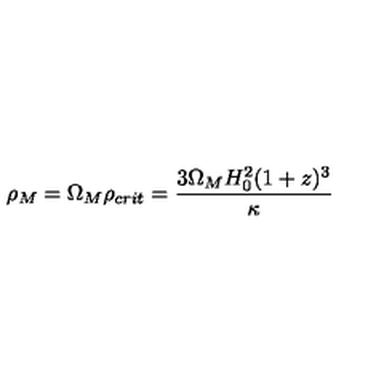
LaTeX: \rho _ { M } = \Omega _ { M } \rho _ { c r i t } = \frac { 3 \Omega _ { M } H _ { 0 } ^ { 2 } ( 1 + z ) ^ { 3 } } { \kappa }